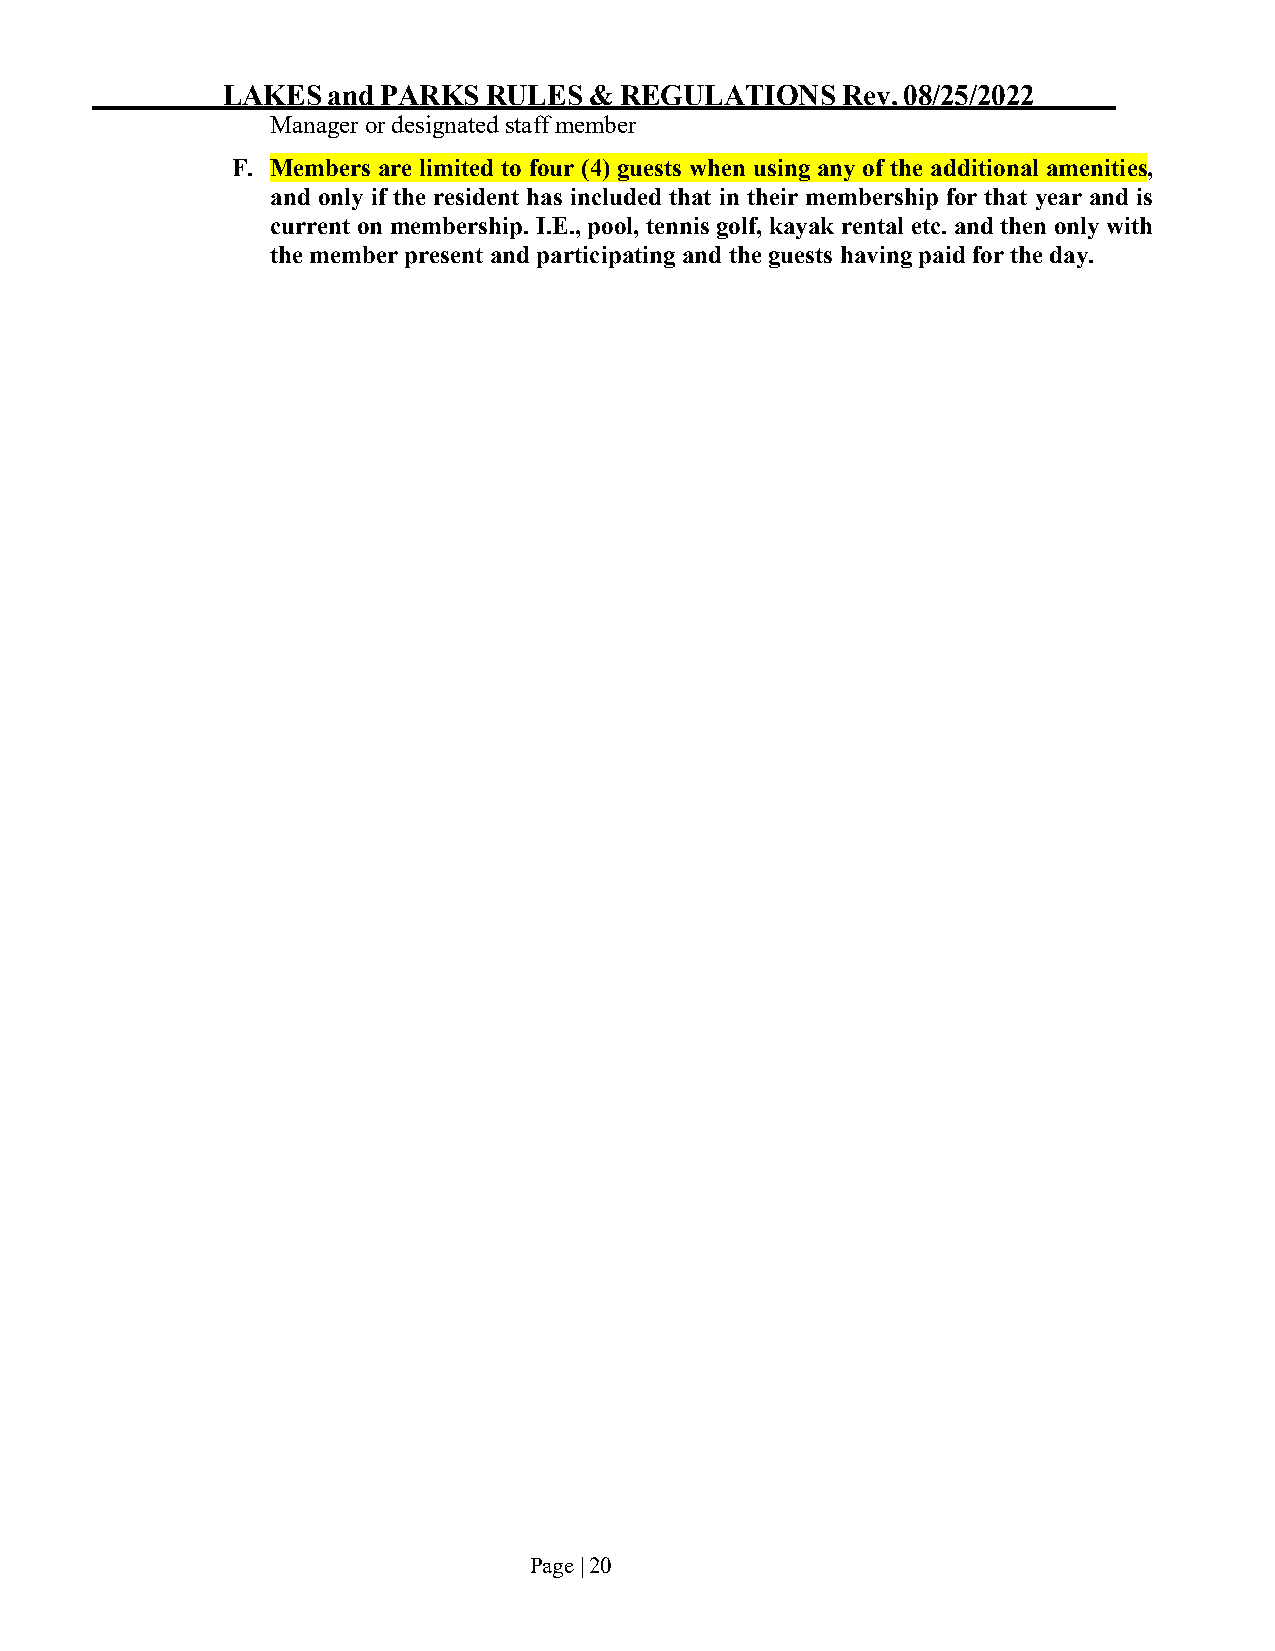
LAKES  and PARKS RULES  & REGULATIONS    Rev. 08/25/2022
 Manager or designated staff member
 F. Members are limited to four (4) guests when using any of the additional amenities,
 and only if the resident has included that in their membership for that year and is
 current on membership. I.E., pool, tennis golf, kayak rental etc. and then only with
 the member present and participating and the guests having paid for the day.
 Page | 20